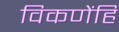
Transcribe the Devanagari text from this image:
विकणेंहि